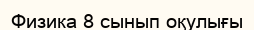
Физика 8 сынып оқулығы